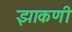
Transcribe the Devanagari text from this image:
झाकणी